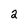
Character: 2